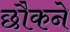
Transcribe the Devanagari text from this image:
छौकने